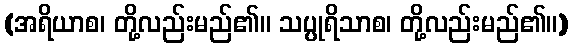
(အရိယာစ၊ တို့လည်းမည်၏။ သပ္ပုရိသာစ၊ တို့လည်းမည်၏။)